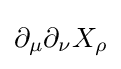
\partial _{\mu }\partial _{\nu }X_{\rho }